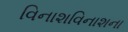
વિનાશવિનાશના